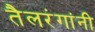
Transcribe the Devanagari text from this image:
तैलरंगांनी